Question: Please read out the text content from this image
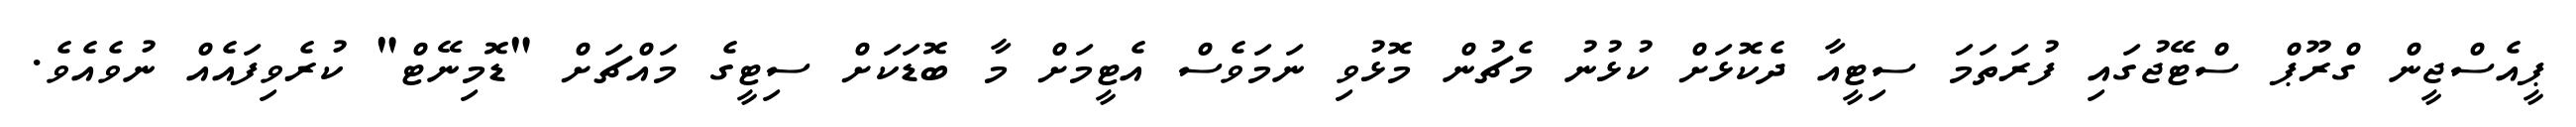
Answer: ޕީއެސްޖީން ގްރޫޕް ސްޓޭޖުގައި ފުރަތަމަ ސިޓީއާ ދެކޮޅަށް ކުޅުނު މެޗުން މޮޅުވި ނަމަވެސް އެޓީމަށް މާ ބޮޑަކަށް ސިޓީގެ މައްޗަށް "ޑޮމިނޭޓް" ކުރެވިފައެއް ނުވެއެވެ.